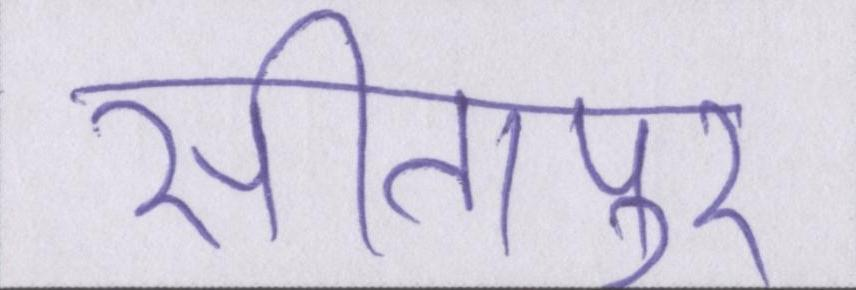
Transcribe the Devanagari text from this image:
सीतापुर